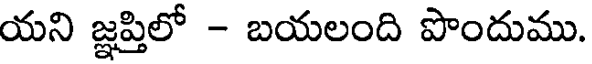
యని జ్ఞప్తిలో - బయలంది పొందుము.